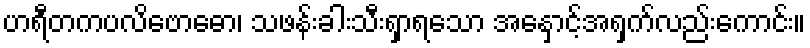
ဟရီတကပလိဗောဓော၊ သဖန်းခါးသီးရှာရသော အနှောင့်အရှက်လည်းကောင်း။